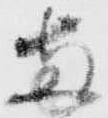
両